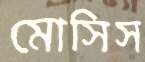
মোসিস